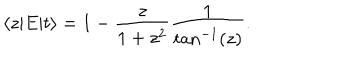
LaTeX: \langle z | E | t \rangle = 1 - \frac { z } { 1 + z ^ { 2 } } \frac { 1 } { \tan ^ { - 1 } ( z ) } .